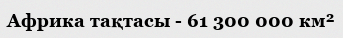
Африка тақтасы - 61 300 000 км²